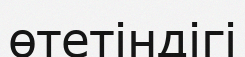
өтетіндігі